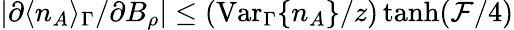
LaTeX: |\partial\langle n_{A}\rangle_{\Gamma}/\partial B_{\rho}|\leq(\mathrm{Var}_{\Gamma}\{ n_{A}\} /z)\operatorname{tanh}(\mathcal{F}/4)